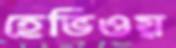
হেভিওয়